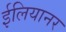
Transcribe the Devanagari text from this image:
ईलियानर